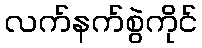
လက်နက်စွဲကိုင်